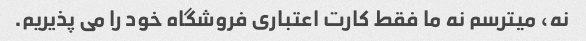
نه، میترسم نه ما فقط کارت اعتباری فروشگاه خود را می پذیریم.